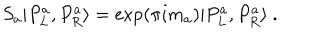
S _ { a } | P _ { L } ^ { a } , P _ { R } ^ { a } \rangle = \exp \left( \pi i m _ { a } \right) | P _ { L } ^ { a } , P _ { R } ^ { a } \rangle ~ .